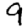
Digit: 9